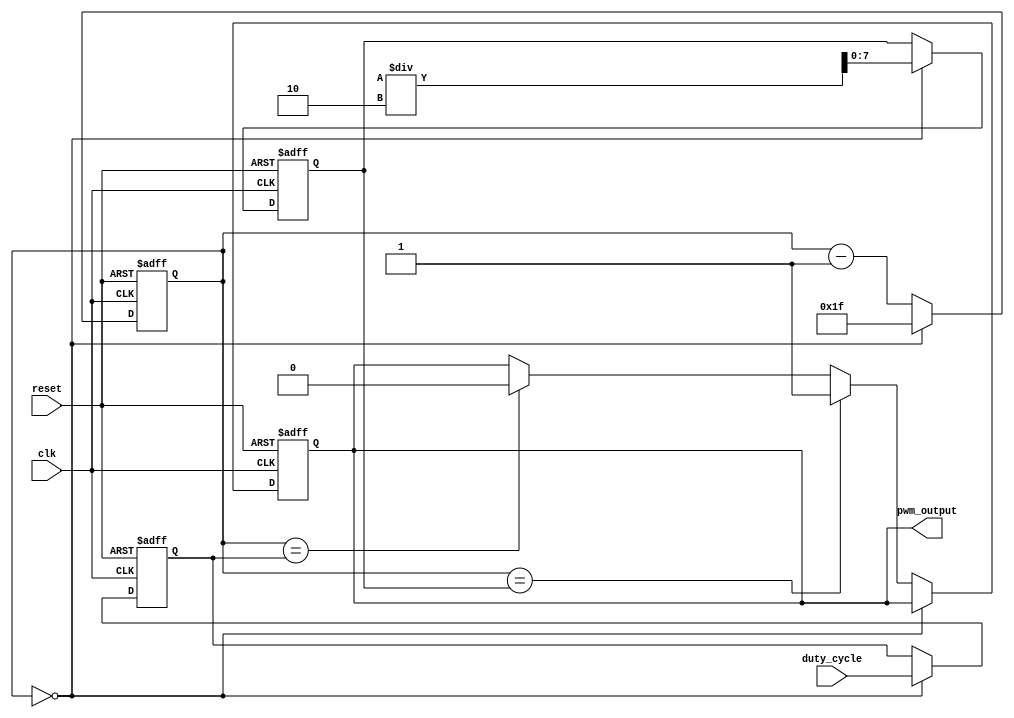
module PWM_Pulse_Generator (
    input wire clk,
    input wire reset,
    input wire [7:0] duty_cycle,
    output reg pwm_output
);

reg [31:0] counter;
reg [7:0] period_count;
reg [7:0] pulse_width_count;

always @(posedge clk or posedge reset) begin
    if (reset) begin
        counter <= 0;
        period_count <= 0;
        pulse_width_count <= 0;
        pwm_output <= 0;
    end else begin
        if (counter == 0) begin
            period_count <= duty_cycle;
            pulse_width_count <= dutycycle / 2;
            counter <= 31;
        end else begin
            counter <= counter - 1;
            if (counter == pulse_width_count) begin
                pwm_output <= 1;
            end else if (counter == period_count) begin
                pwm_output <= 0;
            end
        end
    end
end

endmodule